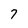
Character: 7